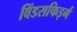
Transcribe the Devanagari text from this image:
विंडसफिइर्ग